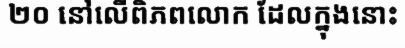
២០ នៅលើពិភពលោក ដែលក្នុងនោះ